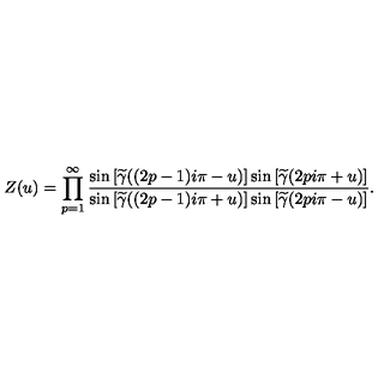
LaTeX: Z ( u ) = \prod _ { p = 1 } ^ { \infty } \frac { \sin \left[ \widetilde { \gamma } ( ( 2 p - 1 ) i \pi - u ) \right] \sin \left[ \widetilde { \gamma } ( 2 p i \pi + u ) \right] } { \sin \left[ \widetilde { \gamma } ( ( 2 p - 1 ) i \pi + u ) \right] \sin \left[ \widetilde { \gamma } ( 2 p i \pi - u ) \right] } .